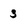
Character: 3